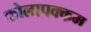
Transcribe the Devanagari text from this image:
कोलापक्कम